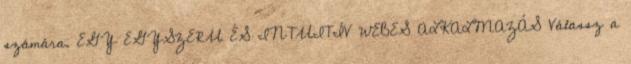
számára. EGY EGYSZERU ÉS INTUITÍV WEBES ALKALMAZÁS Válassz a